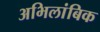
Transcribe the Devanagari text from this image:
अभिलांबिक